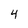
Character: 4